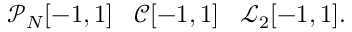
\mathcal { P } _ { N } [ - 1 , 1 ] \subsetneqq \mathcal { C } [ - 1 , 1 ] \subsetneqq \mathcal { L } _ { 2 } [ - 1 , 1 ] .